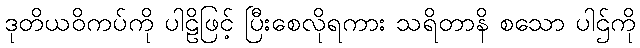
ဒုတိယဝိကပ်ကို ပါဠိဖြင့် ပြီးစေလိုရကား သရိတာနိ စသော ပါဌ်ကို